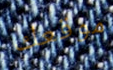
موقعك